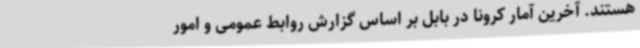
هستند. آخرین آمار کرونا در بابل بر اساس گزارش روابط‌ عمومی و امور